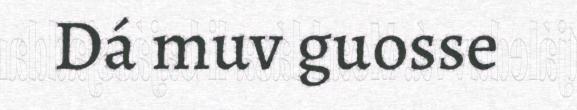
Dá muv guosse